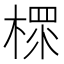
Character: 𣗶